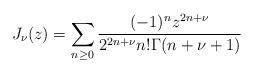
LaTeX: \begin{align*}J_{\nu}(z)=\sum_{n\geq 0}\frac{(-1)^nz^{2n+\nu}}{2^{2n+\nu}n!\Gamma(n+\nu+1)}\end{align*}